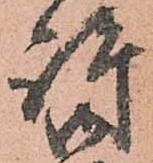
許